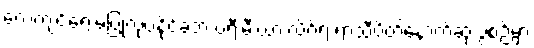
လေ့ကျင့်ရေးမပြုလုပ်နိုင်ခဲ့ဘဲ ပရီးမီးယားလိဂ်ရဲ့ ရာသီပိတ်နောက်ဆုံးပွဲစဉ်မှာ